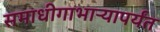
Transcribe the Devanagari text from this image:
समाधीगाभाऱ्यापर्यंत